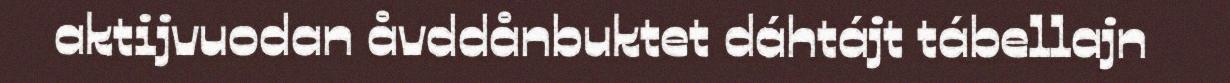
aktijvuodan åvddånbuktet dáhtájt tábellajn